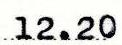
12.20